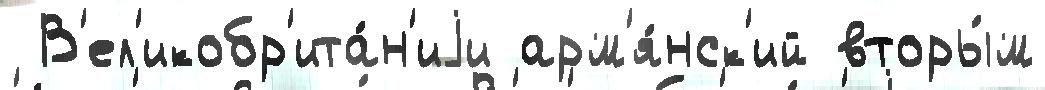
 В'ел'икобр'ита́н'иjи арм'я́нск'ий вторы́м